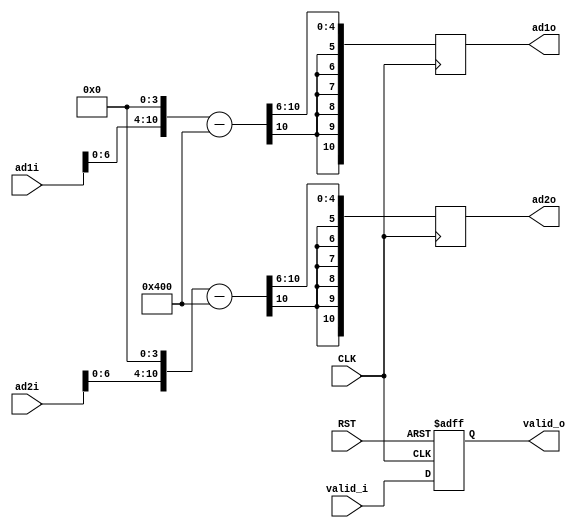

module rescale
  #(parameter width=11)
  (
   input                         CLK,
   input                         RST,

   input [7:0]                   ad1i,
   input [7:0]                   ad2i,
   input                         valid_i,
   
   output reg signed [width-1:0] ad1o,
   output reg signed [width-1:0] ad2o,
   output reg                    valid_o
   );

   wire signed [width-1:0]       ad1;
   wire signed [width-1:0]       ad2;
   wire signed [width-1:0]       offset;

   // [128, 255] -> [0..1023][-1024..-1]
   assign ad1 = {ad1i[6:0], {(width-7){1'b0}}};
   assign ad2 = {ad2i[6:0], {(width-7){1'b0}}};
   // offset 1024
   assign offset = {1'b1, 1'b0, {(width-2){1'b0}}};

   always @(posedge CLK) begin
      ad1o <= (ad1 - offset) >>> 6;
      ad2o <= (ad2 - offset) >>> 6;
   end

   always @(posedge CLK or negedge RST)
     if (!RST) begin
        valid_o <= 1'b0;
     end else begin
        valid_o <= valid_i;
     end


endmodule